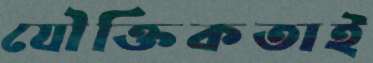
যৌক্তিকতাই